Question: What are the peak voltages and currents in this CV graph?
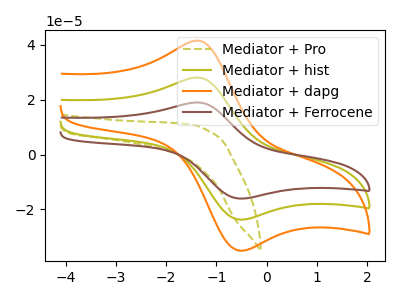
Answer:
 <answer>The olive dashed curve "Mediator + Pro" has no peaks. The olive curve "Mediator + hist" has an anodic peak at (-1.35V, 28.10uA) and a cathodic peak at (-0.50V, -23.70uA). The orange curve "Mediator + dapg" has an anodic peak at (-1.35V, 41.50uA) and a cathodic peak at (-0.50V, -35.05uA). The brown curve "Mediator + Ferrocene" has an anodic peak at (-1.35V, 56.15uA) and a cathodic peak at (-0.50V, -47.45uA).</answer>
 <eval></eval>